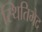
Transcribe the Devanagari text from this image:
स्थितिभेद